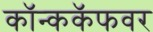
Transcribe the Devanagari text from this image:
कॉन्ककॅफवर